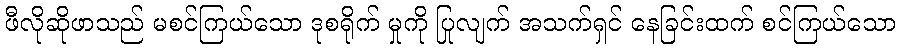
ဖီလိုဆိုဖာသည် မစင်ကြယ်သော ဒုစရိုက် မှုကို ပြုလျက် အသက်ရှင် နေခြင်းထက် စင်ကြယ်သော